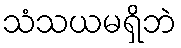
သံသယမရှိဘဲ